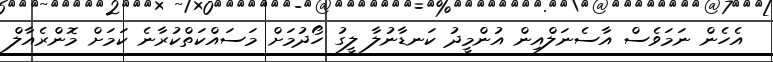
އެހެން ނަމަވެސް އާސެނަލްއިން އުންމީދު ކަނޑާނުލާ ލީގު ހޯދުމަށް މަސައްކަތްކުރާނެ ކަމަށް މޮންރެއާލް